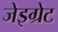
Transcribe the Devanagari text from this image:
जेइग्रेट